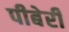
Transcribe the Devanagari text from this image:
पीबेरी